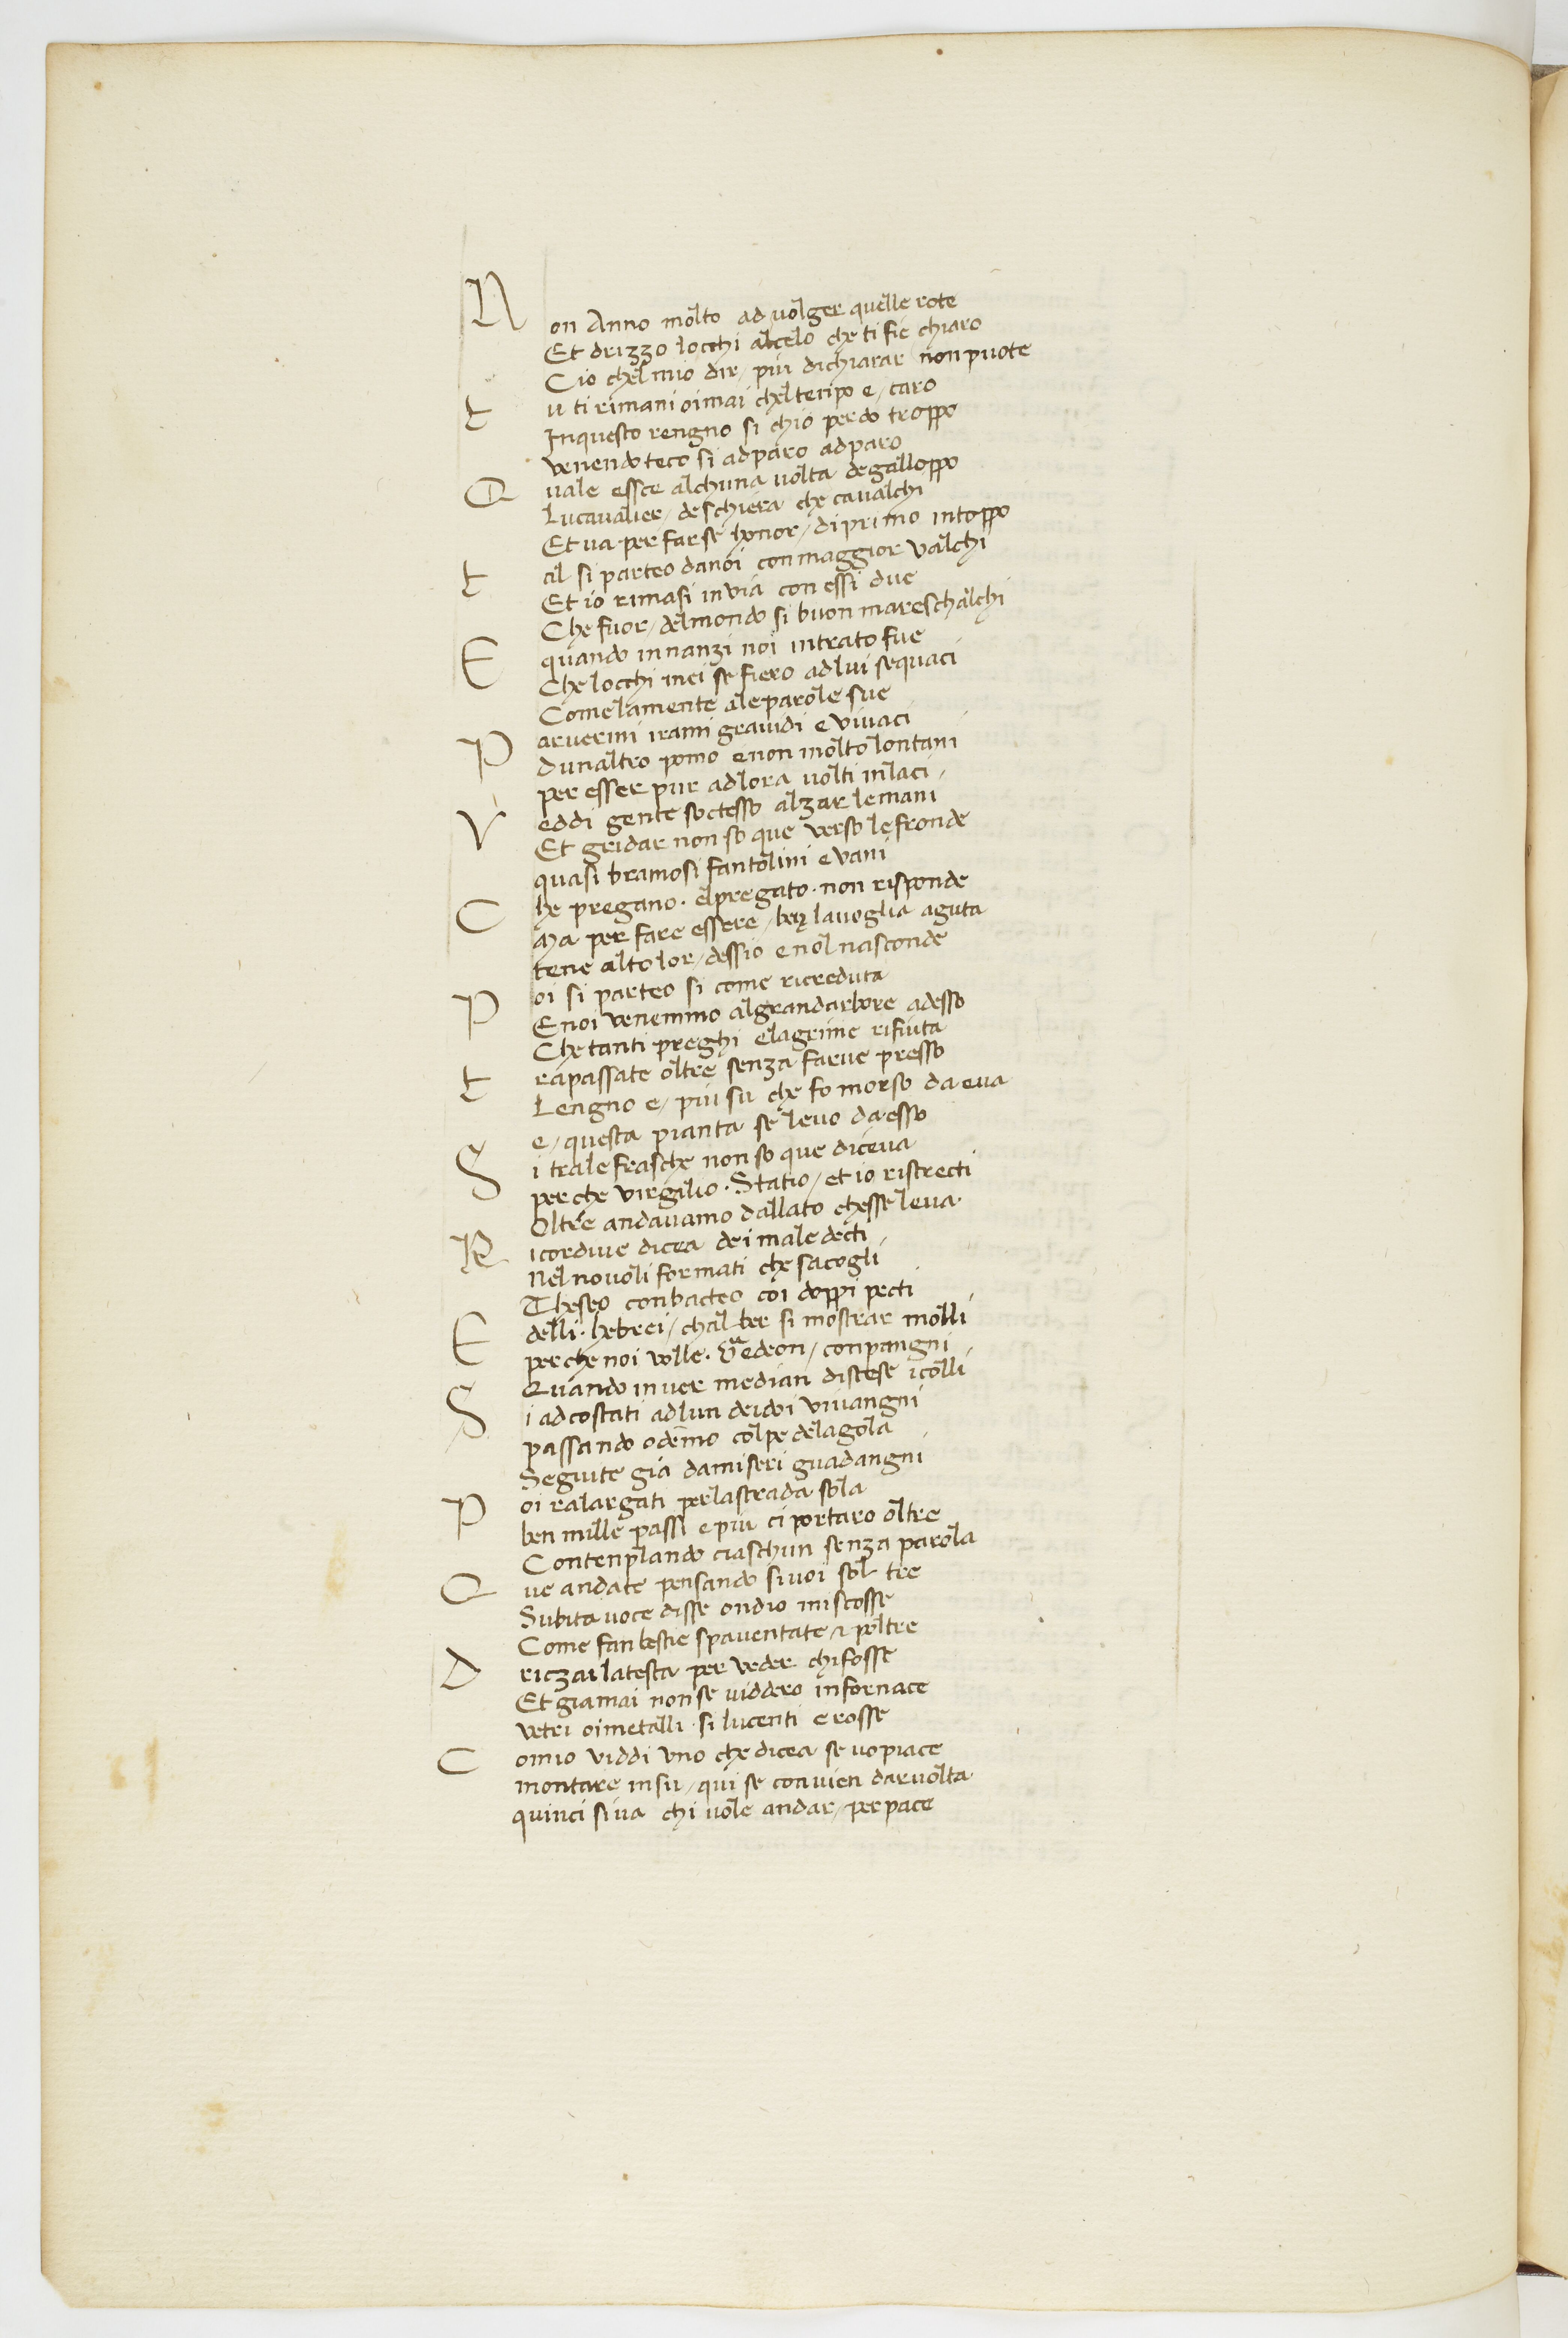
Shelfmark: Paris, BnF, ita. 70
Century: 15